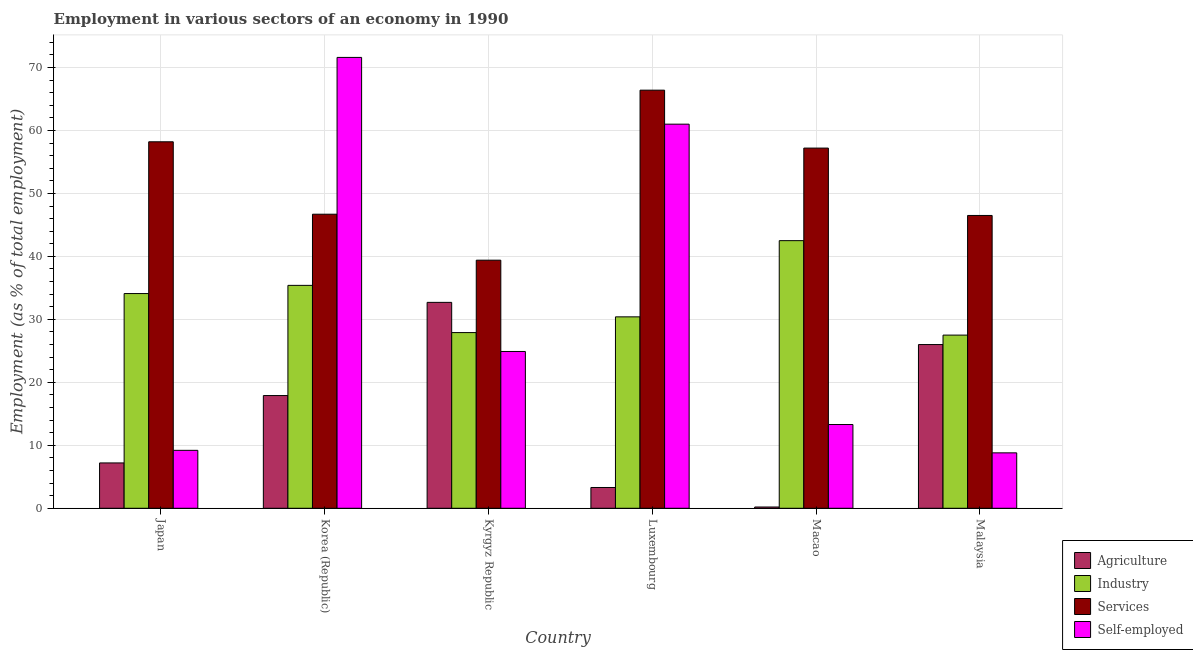
| Country | Agriculture | Industry | Services | Self-employed |
 | --- | --- | --- | --- | --- |
 | Japan | 7.2 | 34.1 | 58.2 | 9.2 |
 | Korea (Republic) | 17.9 | 35.4 | 46.7 | 71.6 |
 | Kyrgyz Republic | 32.7 | 27.9 | 39.4 | 24.9 |
 | Luxembourg | 3.3 | 30.4 | 66.4 | 61 |
 | Macao | 0.2 | 42.5 | 57.2 | 13.3 |
 | Malaysia | 26 | 27.5 | 46.5 | 8.8 |